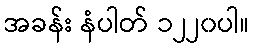
အခန်း နံပါတ် ၁၂၂၀ပါ။